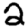
Digit: 2